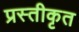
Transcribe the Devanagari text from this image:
प्रस्तीकृत